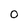
Character: O